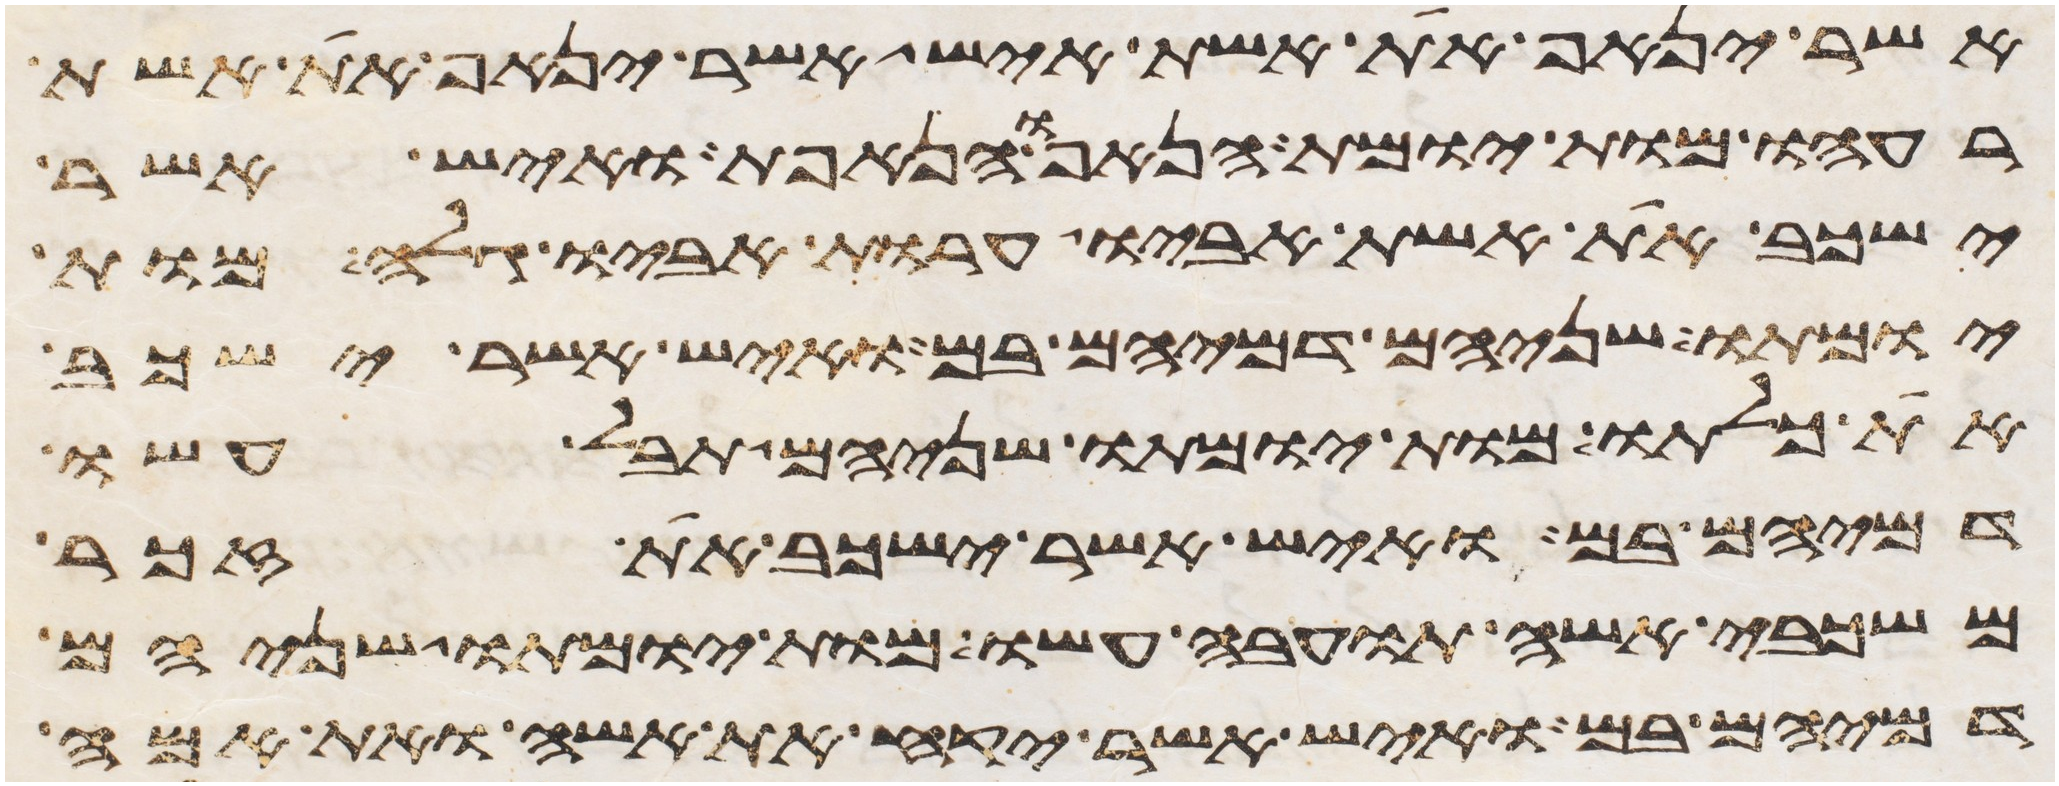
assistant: אשר ינאף את אשת איש אשר ינאף את אשת
רעהו מות יומת הנאף והנאפת ואיש אשר
ישכב את אשת אביו ערות אביו גלה מות
יומתו שניהם דמיהם בם ואיש אשר ישכב
את כלתו מות יומתו שניהם תבל עשו
דמיהם בם ואיש אשר ישכב את זכר
משכבי אשה תועבה עשו מות יומתו שניהם
דמיהם בם ואיש אשר יקח את אשה ואת אמה